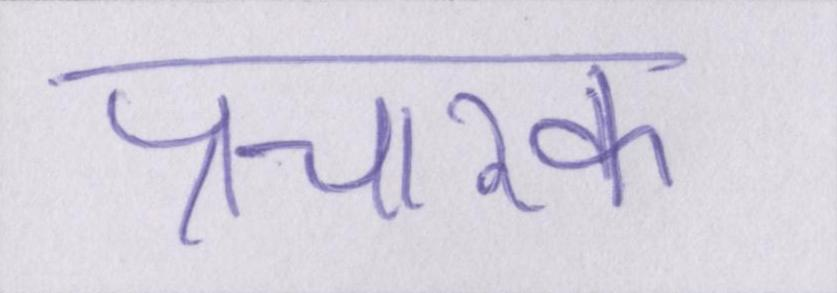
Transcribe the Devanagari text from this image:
प्रचारक